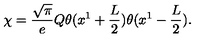
\chi = { \frac { \sqrt \pi } { e } } Q \theta ( x ^ { 1 } + { \frac { L } { 2 } } ) \theta ( x ^ { 1 } - { \frac { L } { 2 } } ) .